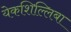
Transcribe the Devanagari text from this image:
येकशिल्लिबा